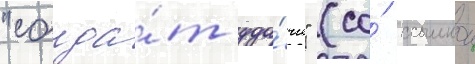
"солда́т уда́чи" (со́ ссылкои